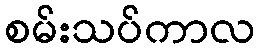
စမ်းသပ်ကာလ